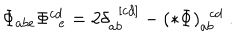
\Phi _ { a b e } \Phi _ { \ \ e } ^ { c d } = 2 \delta _ { a b } ^ { \ \ [ c d ] } - ( * \Phi ) _ { a b } ^ { \ \ c d } \ .